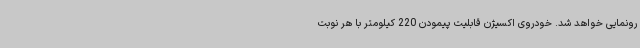
رونمایی خواهد شد. خودروی اکسیژن قابلیت پیمودن 220 کیلومتر با هر نوبت